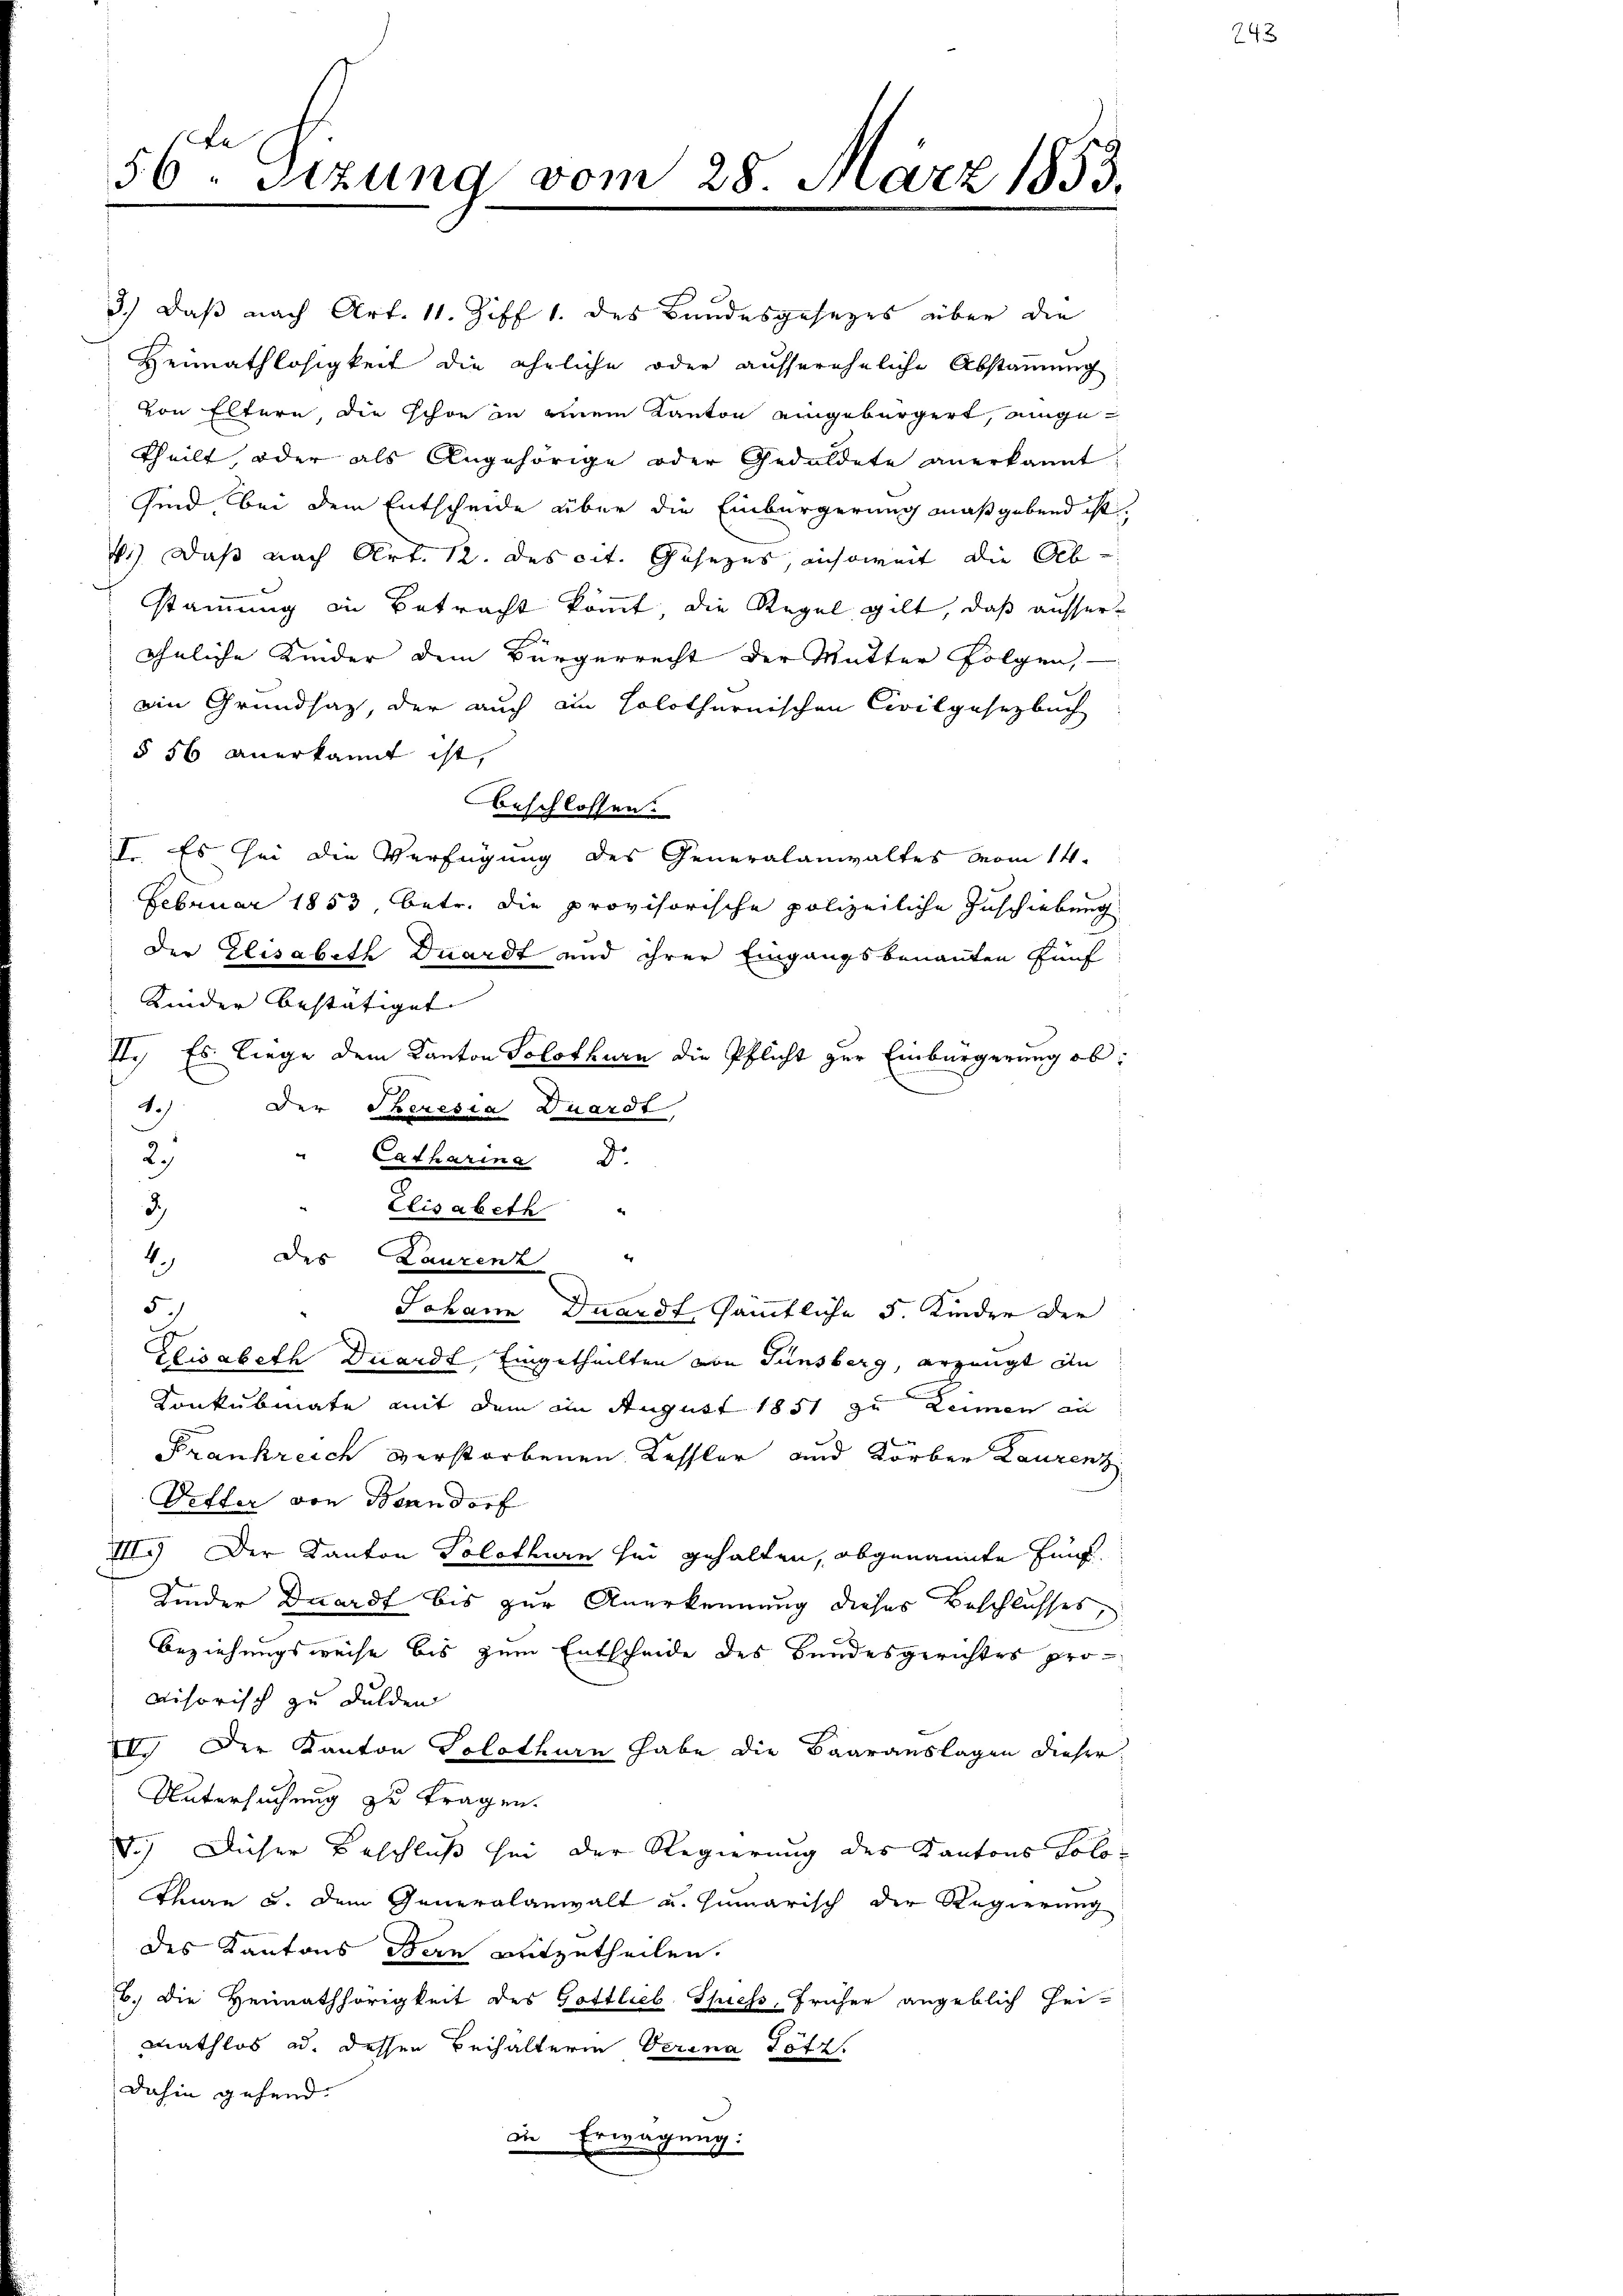
56ten Sizung vom 28. März 1853.

3.) Daß nach Art. 11. Ziff 1. des Bundesgesezes über die
Heimathlosigkeit die ähnliche oder aussereheliche Abstammung
von Eltern, die schon in einem Kanton eingebürgert, angetheilt, oder als Angehörige oder Geduldete anerkannt
sind, bei dem Entscheide über die Einbürgerung maßgebend ist.
4.) Daß nach Art. 12. des cit. Gesezes, ansoweit die Ab-
stammung in Betracht kömmt, die Regel gilt, daß ausserähnliche Kinder dem Bürgerrecht der Mutter Folgen,
ain Grundsatz, der auch in solothurnischen Civilgesetzbuch
§ 56 anerkannt ist,
beschlossen.
I. Es sei die Verfügung des Generalanwaltes vom 14.
Februar 1853, betr. die provisorische polizeiliche Inschiebung
der Elisabeth Duardt und ihrer Eingangsbenannten fünf
Kinder bestätiget
1., Es liege dem Kanton Solothurn die Pflicht zur Einbürgerung ob:
.
Der Theresia Quardt
2)
" Catharina
3)
Elisabeth
des |
er
)
Laurenz
5.
Johann Dunandt, sämmtliche 5. Kinder der
d
Elisabeth Duardt, Eingetheilten von Fünsberg, erzeugt in
Konkubinate mit dem im August 1851 zu Leinen an
Frankreich verstorbenen Kessler und Körber Laurenz
Differ von Bonndorf
III. Der Kanton Solothurn sei gehalten, abgenannte Einf
Kinder Duardt bis zur Anerkennung dieses Beschlusses,
Beziehungsweise bis zum Entscheide des Bundesgerichtes provisorisch zu dulden
IV. Der Kanton Solothurn habe die Baarauslagen dieser
Untersuchung zu tragen.
5.) Dieser Beschluß sei der Regierung des Kantons Solo¬
There u. dem Generalanwalt u. Humarisch der Regierung
des Kantons Bern mitzutheilen.
b. die Heimathörigkeit des Gottlieb. Spiess, früher angeblich hei-
mathlos ad. dessen Beihalterin Verina Lotz
dahin gehend.
in Erwägung: